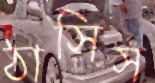
ঠাসিস